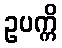
ဥပက္ကိ